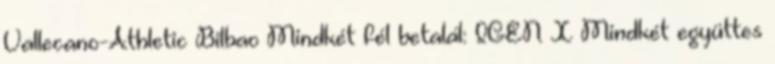
Vallecano-Athletic Bilbao Mindkét fél betalál: IGEN X Mindkét együttes